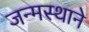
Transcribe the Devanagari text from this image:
जन्मस्थाने